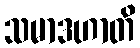
သမာဒဟာတိ